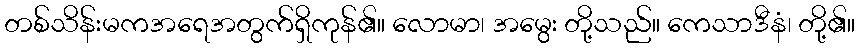
တစ်သိန်းမကအရေအတွက်ရှိကုန်၏။ လောမာ၊ အမွေး တို့သည်။ ကေသာဒီနံ၊ တို့၏။